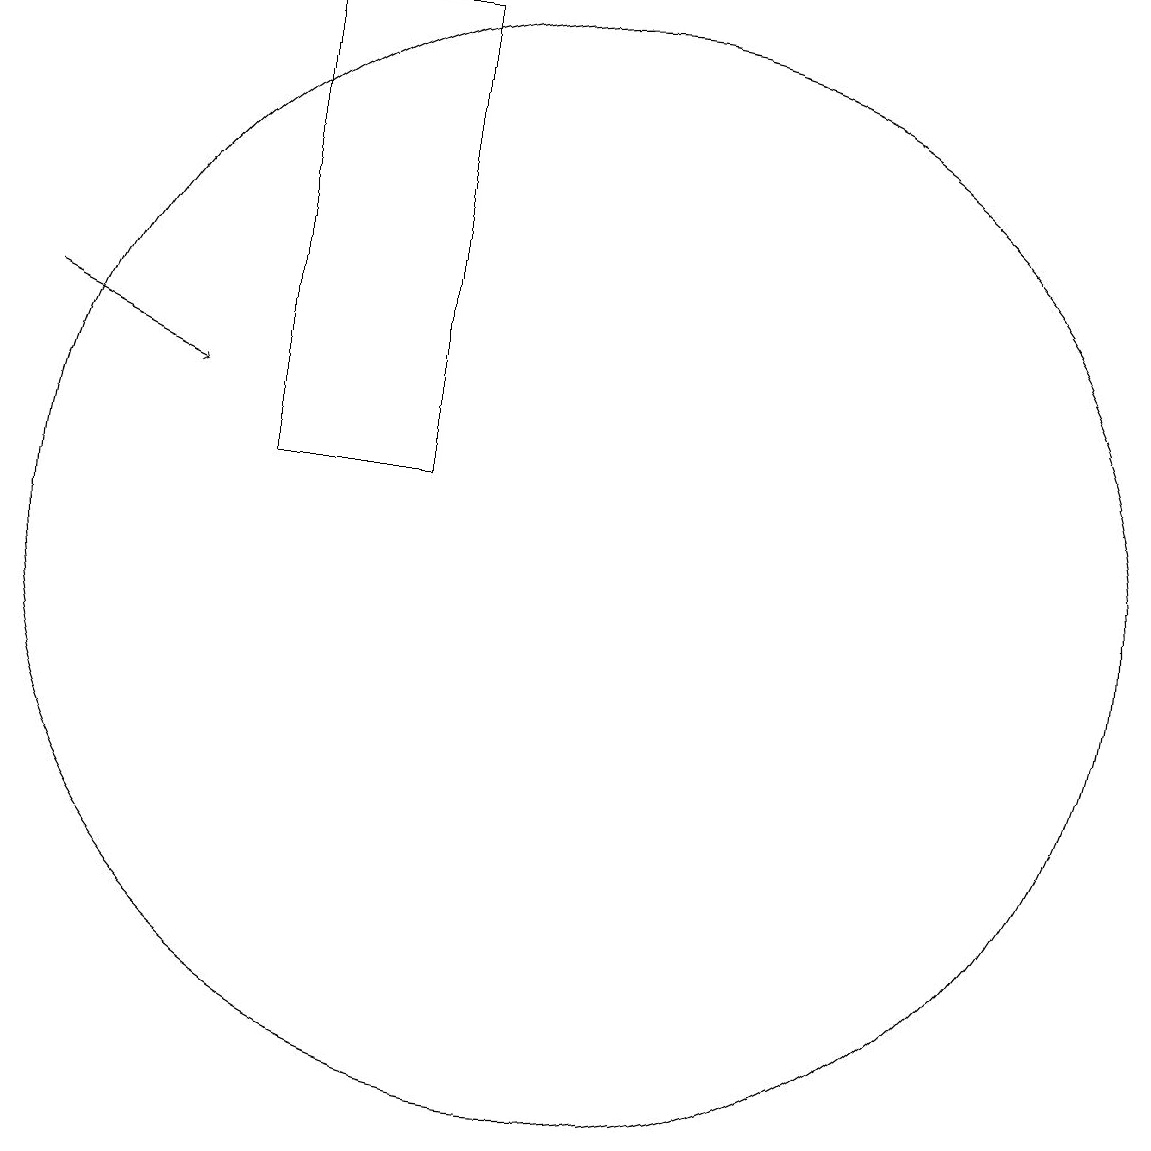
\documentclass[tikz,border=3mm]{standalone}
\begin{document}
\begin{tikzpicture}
\draw (6,18) rectangle (8,12);
\draw (10,11) circle (7);
\draw[->] (3,14) -- (5,13);
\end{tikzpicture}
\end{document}